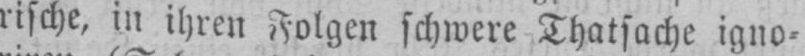
rische, in ihren Folgen schwere Thatsache igno⸗